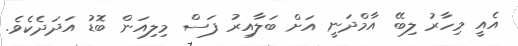
އެއީ މިހާރު ލިބޭ އާމްދަނީ އަށް ބަލާއިރު ފަސް މިލިއަން ބޮޑު އަދަދެކެވެ.